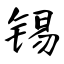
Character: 锡